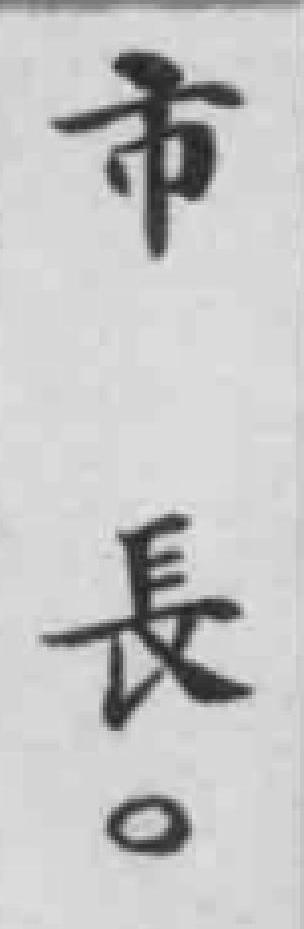
市長。